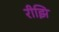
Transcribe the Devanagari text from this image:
रीझि